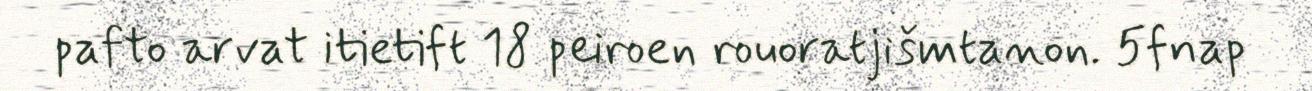
pafto arvat itietift 18 peiroen rouoratjišmtanon. 5fnap